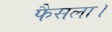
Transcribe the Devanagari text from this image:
फैसला।